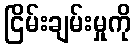
ငြိမ်းချမ်းမှုကို